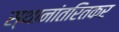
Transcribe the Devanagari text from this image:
स्थानांतरितकर